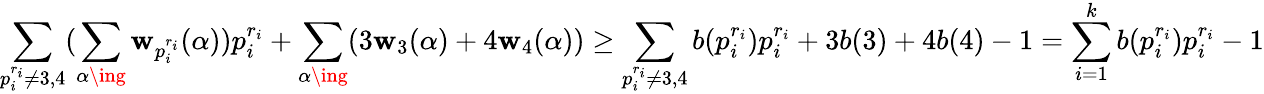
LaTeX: \sum_{p_{i}^{r_{i}}\neq3,4}(\sum_{\alpha\ing}\mathbf{w}_{p_{i}^{r_{i}}}(\alpha))p_{i}^{r_{i}}+\sum_{\alpha\ing}(3\mathbf{w}_{3}(\alpha)+4\mathbf{w}_{4}(\alpha))\ge\sum_{p_{i}^{r_{i}}\neq3,4}b(p_{i}^{r_{i}})p_{i}^{r_{i}}+3b(3)+4b(4)-1=\sum_{i=1}^{k}b(p_{i}^{r_{i}})p_{i}^{r_{i}}-1